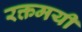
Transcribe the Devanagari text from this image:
रक्तमयी